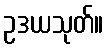
ဥဒယသုတ်။